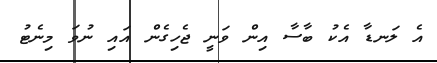
އެ ލަނޑާ އެކު ބާސާ އިން ވަނީ ޖެހިގެން އައި ނުވަ މިނެޓު